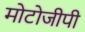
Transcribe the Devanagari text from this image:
मोटोजीपी